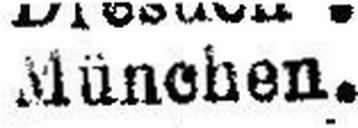
Münschen